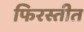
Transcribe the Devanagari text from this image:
फिरस्तीत